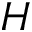
H